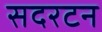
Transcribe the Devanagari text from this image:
सदरटन